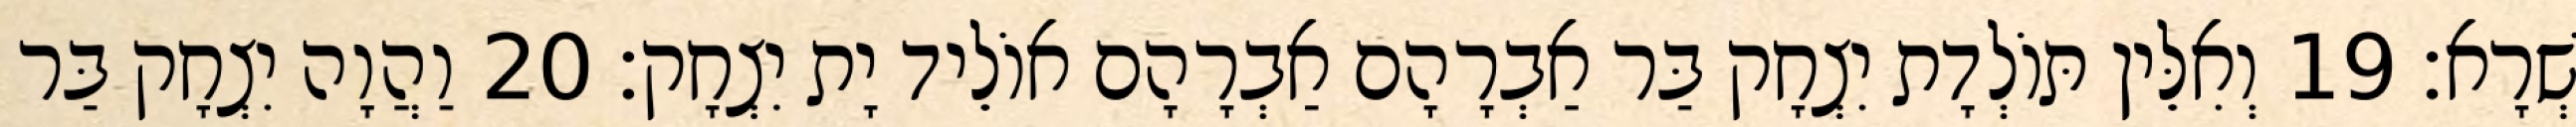
שְׁרָא׃ 19 וְאִלֵּין תּוֹלְדָת יִצְחָק בַּר אַבְרָהָם אַבְרָהָם אוֹלֵיד יָת יִצְחָק׃ 20 וַהֲוָה יִצְחָק בַּר